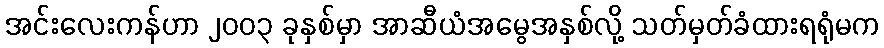
အင်းလေးကန်ဟာ ၂၀၀၃ ခုနှစ်မှာ အာဆီယံအမွေအနှစ်လို့ သတ်မှတ်ခံထားရရုံမက